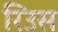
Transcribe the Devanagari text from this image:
रिउस